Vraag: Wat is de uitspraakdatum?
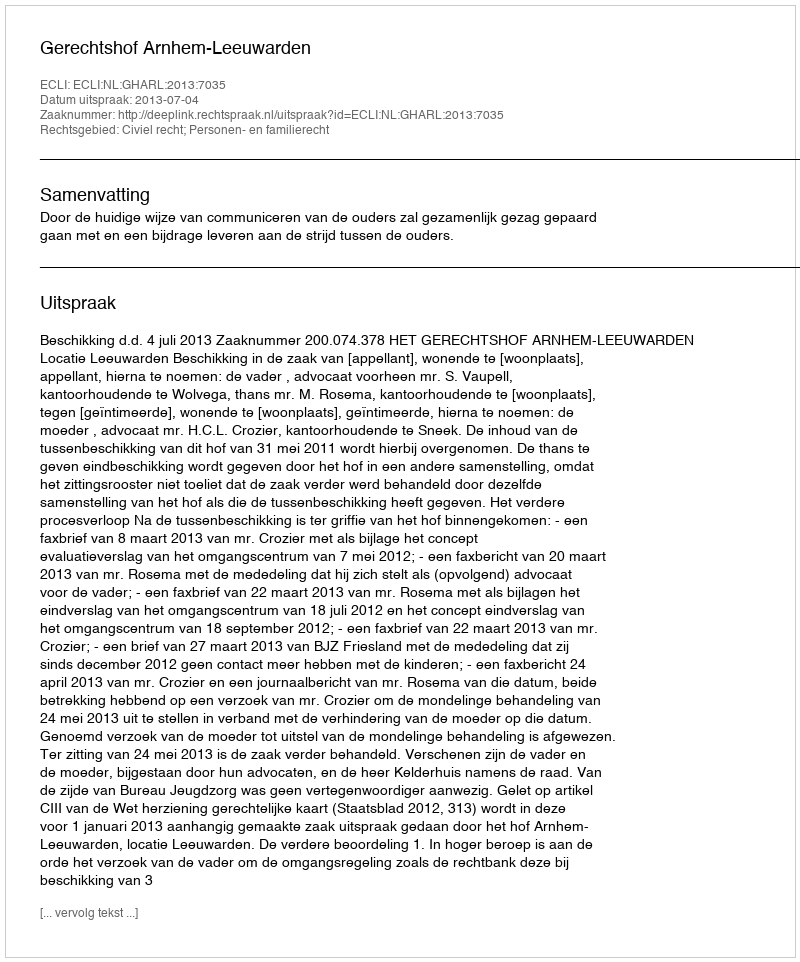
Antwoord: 2013-07-04